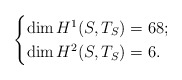
\begin{align*}\begin{cases}\dim H^1(S, T_S)=68;\\\dim H^2(S, T_S)=6.\end{cases}\end{align*}